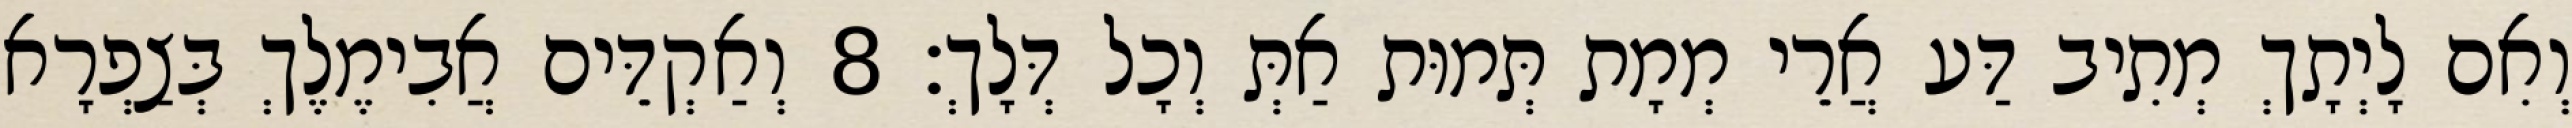
וְאִם לָיְתָךְ מְתִיב דַּע אֲרֵי מְמָת תְּמוּת אַתְּ וְכָל דְּלָךְ׃ 8 וְאַקְדֵּים אֲבִימֶלֶךְ בְּצַפְרָא